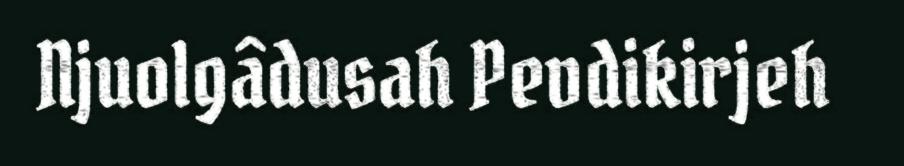
Njuolgâdusah Pevdikirjeh